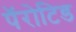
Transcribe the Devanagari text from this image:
पॅरोटिड